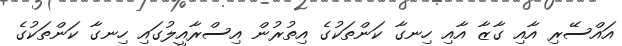
އައްސޭރި އާއި ގާޒާ އާއި ހިނގާ ކަންތަކުގެ އިތުރުން އިސްރާއީލުގައި ހިނގާ ކަންތަކުގެ